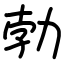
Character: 勃